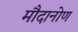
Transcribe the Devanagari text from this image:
मौदानोण